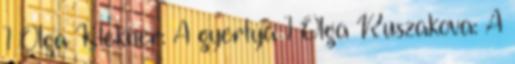
1 Olga Klekner: A gyertya 1 Olga Ruszakova: A